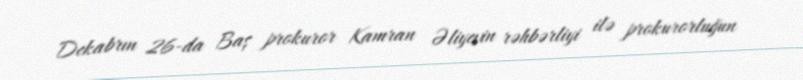
Dekabrın 26-da Baş prokuror Kamran Əliyevin rəhbərliyi ilə prokurorluğun